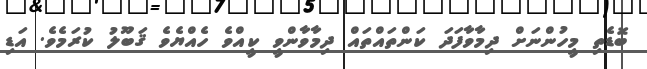
ބޮޑެތި މީހުންނަށް ދިމާވާފަދަ ކަންތައްތައް ދިމާވާންވީ ކީއްވެ ހެއްޔެވެ ޤަބޫލު ކުރަމެވެ. އަޑި